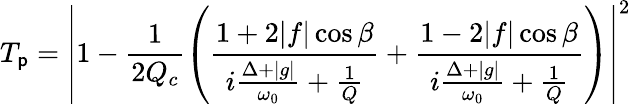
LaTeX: T_{\mathsf{p}}=\left|1-\frac{{1}}{{2Q_{c}}}\left(\frac{{1+2|f|\cos\beta}}{{i\frac{{\Delta+|g|}}{{\omega_{0}}}+\frac{{1}}{{Q}}}}+\frac{{1-2|f|\cos\beta}}{{i\frac{{\Delta+|g|}}{{\omega_{0}}}+\frac{{1}}{{Q}}}}\right)\right|^{2}